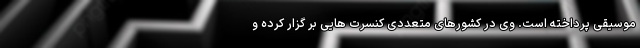
موسیقی پرداخته است. وی در کشورهای متعددی کنسرت هایی بر گزار کرده و